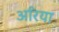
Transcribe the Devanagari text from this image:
अरिया